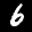
Label: 6